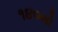
૧૪૦મો